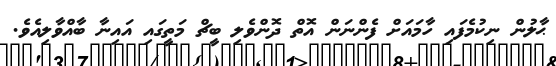
ޙާލުން ނިކުމެފައި ހާމައަށް ފެންނަން އޮތް ދޮންވެލި ބީޗް މަތީގައި އައިނާ ބާއްވާލިއެވެ.